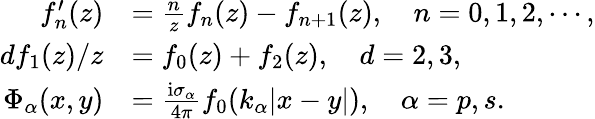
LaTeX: \begin{array}{rl}{f_{n}^{\prime}(z)}&{=\frac{n}{z}f_{n}(z)-f_{n+1}(z),\quad n=0,1,2,\cdots,}\\ {df_{1}(z)/{z}}&{=f_{0}(z)+f_{2}(z),\quad d=2,3,}\\ {\Phi_{\alpha}(x,y)}&{=\frac{\mathrm{i}\sigma_{\alpha}}{4\pi}f_{0}(k_{\alpha}|x-y|),\quad\alpha=p,s.}\end{array}